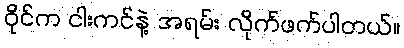
ဝိုင်က ငါးကင်နဲ့ အရမ်း လိုက်ဖက်ပါတယ်။